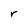
Character: r